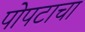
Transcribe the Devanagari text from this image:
पोपटाचा